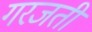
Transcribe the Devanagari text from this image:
गरजती